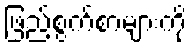
ဖြည့်စွက်စာများကို